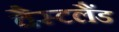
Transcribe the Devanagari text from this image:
वैस्टलैंड